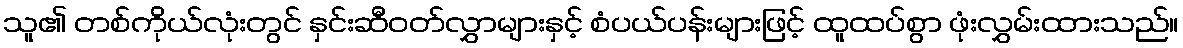
သူ၏ တစ်ကိုယ်လုံးတွင် နှင်းဆီဝတ်လွှာများနှင့် စံပယ်ပန်းများဖြင့် ထူထပ်စွာ ဖုံးလွှမ်းထားသည်။